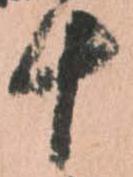
十